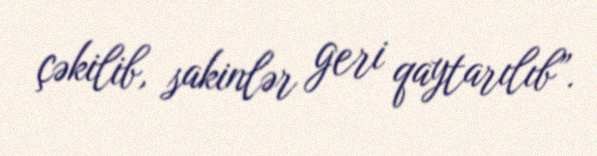
çəkilib, sakinlər geri qaytarılıb”.